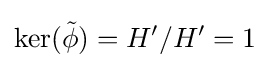
\ker({\tilde {\phi }})=H'/H'=1